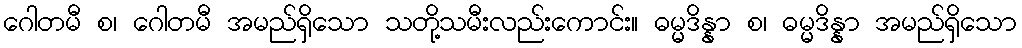
ဂေါတမီ စ၊ ဂေါတမီ အမည်ရှိသော သတို့သမီးလည်းကောင်း။ ဓမ္မဒိန္နာ စ၊ ဓမ္မဒိန္နာ အမည်ရှိသော